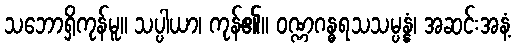
သဘောရှိကုန်မူ။ သပ္ပါယာ၊ ကုန်၏။ ဝဏ္ဏဂန္ဓရသသမ္ပန္နံ၊ အဆင်းအနံ့